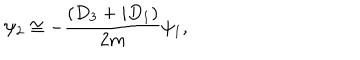
\psi _ { 2 } \cong - \frac { ( D _ { 3 } + i D _ { 1 } ) } { 2 m } \psi _ { 1 } ,